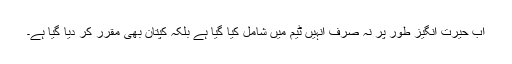
اب حیرت انگیز طور پر نہ صرف انہیں ٹیم میں شامل کیا گیا ہے بلکہ کپتان بھی مقرر کر دیا گیا ہے۔